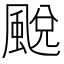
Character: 䬈